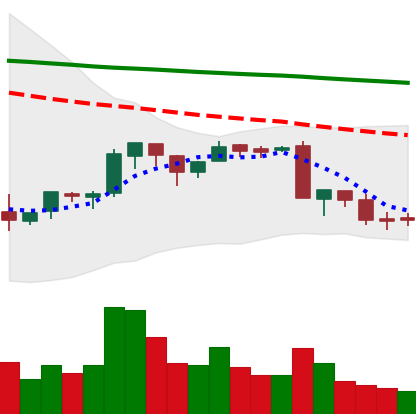
Ticker: BNB-USD
Chart end date: 2018-09-10
Forward return: 6.146%
Label: up_5_7